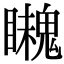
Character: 𩴈